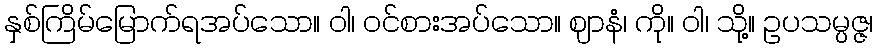
နှစ်ကြိမ်မြောက်ရအပ်သော။ ဝါ၊ ဝင်စားအပ်သော။ ဈာနံ၊ ကို။ ဝါ၊ သို့။ ဥပသမ္ပဇ္ဇ၊